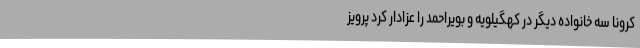
کرونا سه خانواده دیگر در کهگیلویه و بویراحمد را عزادار کرد پرویز